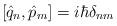
LaTeX: \begin{align*}[\hat{q}_n,\hat{p}_m]=i \hbar \delta_{nm}\end{align*}